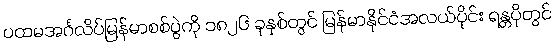
ပထမအင်္ဂလိပ်မြန်မာစစ်ပွဲကို ၁၈၂၆ ခုနှစ်တွင် မြန်မာနိုင်ငံအလယ်ပိုင်း ရန္တပိုတွင်